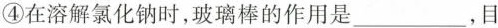
④在溶解氯化钠时，玻璃棒的作用是___，目